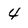
Character: 4